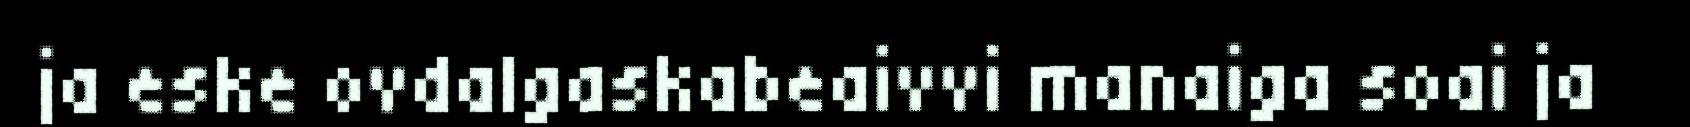
ja eske ovdalgaskabeaivvi manaiga soai ja